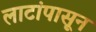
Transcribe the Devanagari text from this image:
लाटांपासून